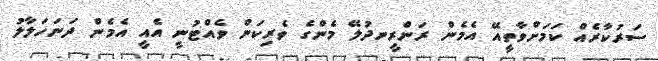
ސަރުކާރެއް ކަމަށްވާތީއޭ އެމެން ރަންރީނދުލޭ މެންގެ ވެރިކަން ވެއްޓުނީ އެއީ އެމެން ދަނަހަލާލު